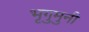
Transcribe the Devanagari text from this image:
भृगुमुनी